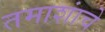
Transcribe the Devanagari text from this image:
तमाशांचे